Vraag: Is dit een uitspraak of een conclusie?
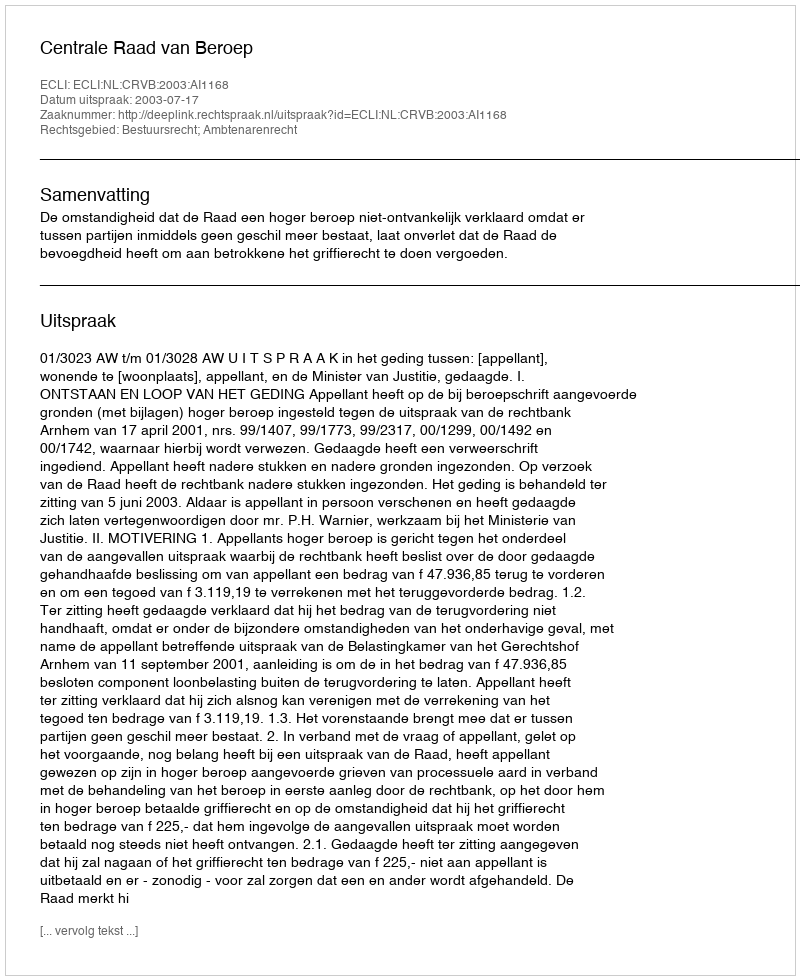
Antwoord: Uitspraak